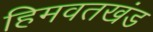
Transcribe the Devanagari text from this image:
हिमवतखंड